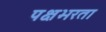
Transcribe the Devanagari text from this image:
पक्षभरता